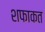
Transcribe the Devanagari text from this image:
शफाकत